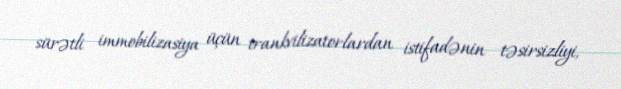
sürətli immobilizasiya üçün trankvilizatorlardan istifadənin təsirsizliyi,